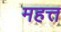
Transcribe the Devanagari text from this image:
महत्त